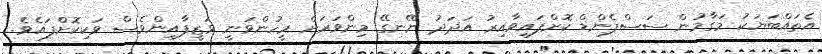
އެތައްބަޔަކު މަގާމުން ސަސްޕެންޑް ކޮށްފައިވާއިރު އަދަދު ނޭނގޭ މިންވަރަށް މީހުންވަނީ ވަޒީފާއިންވެސް ވަކިކޮށްފައެވެ.